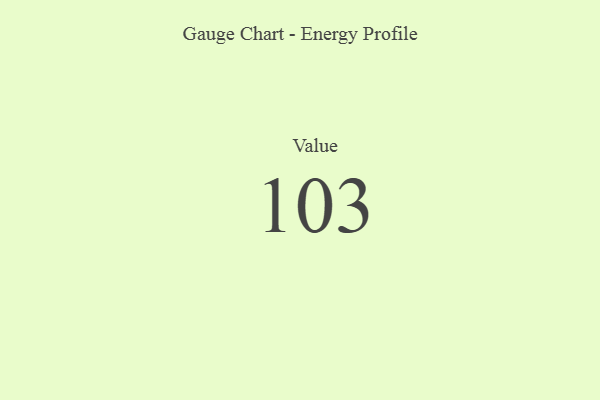
{"axis": {"x": "Metric", "y": "Value"}, "legend": [""], "data": [{"x": "Value", "y": 103, "type": ""}]}